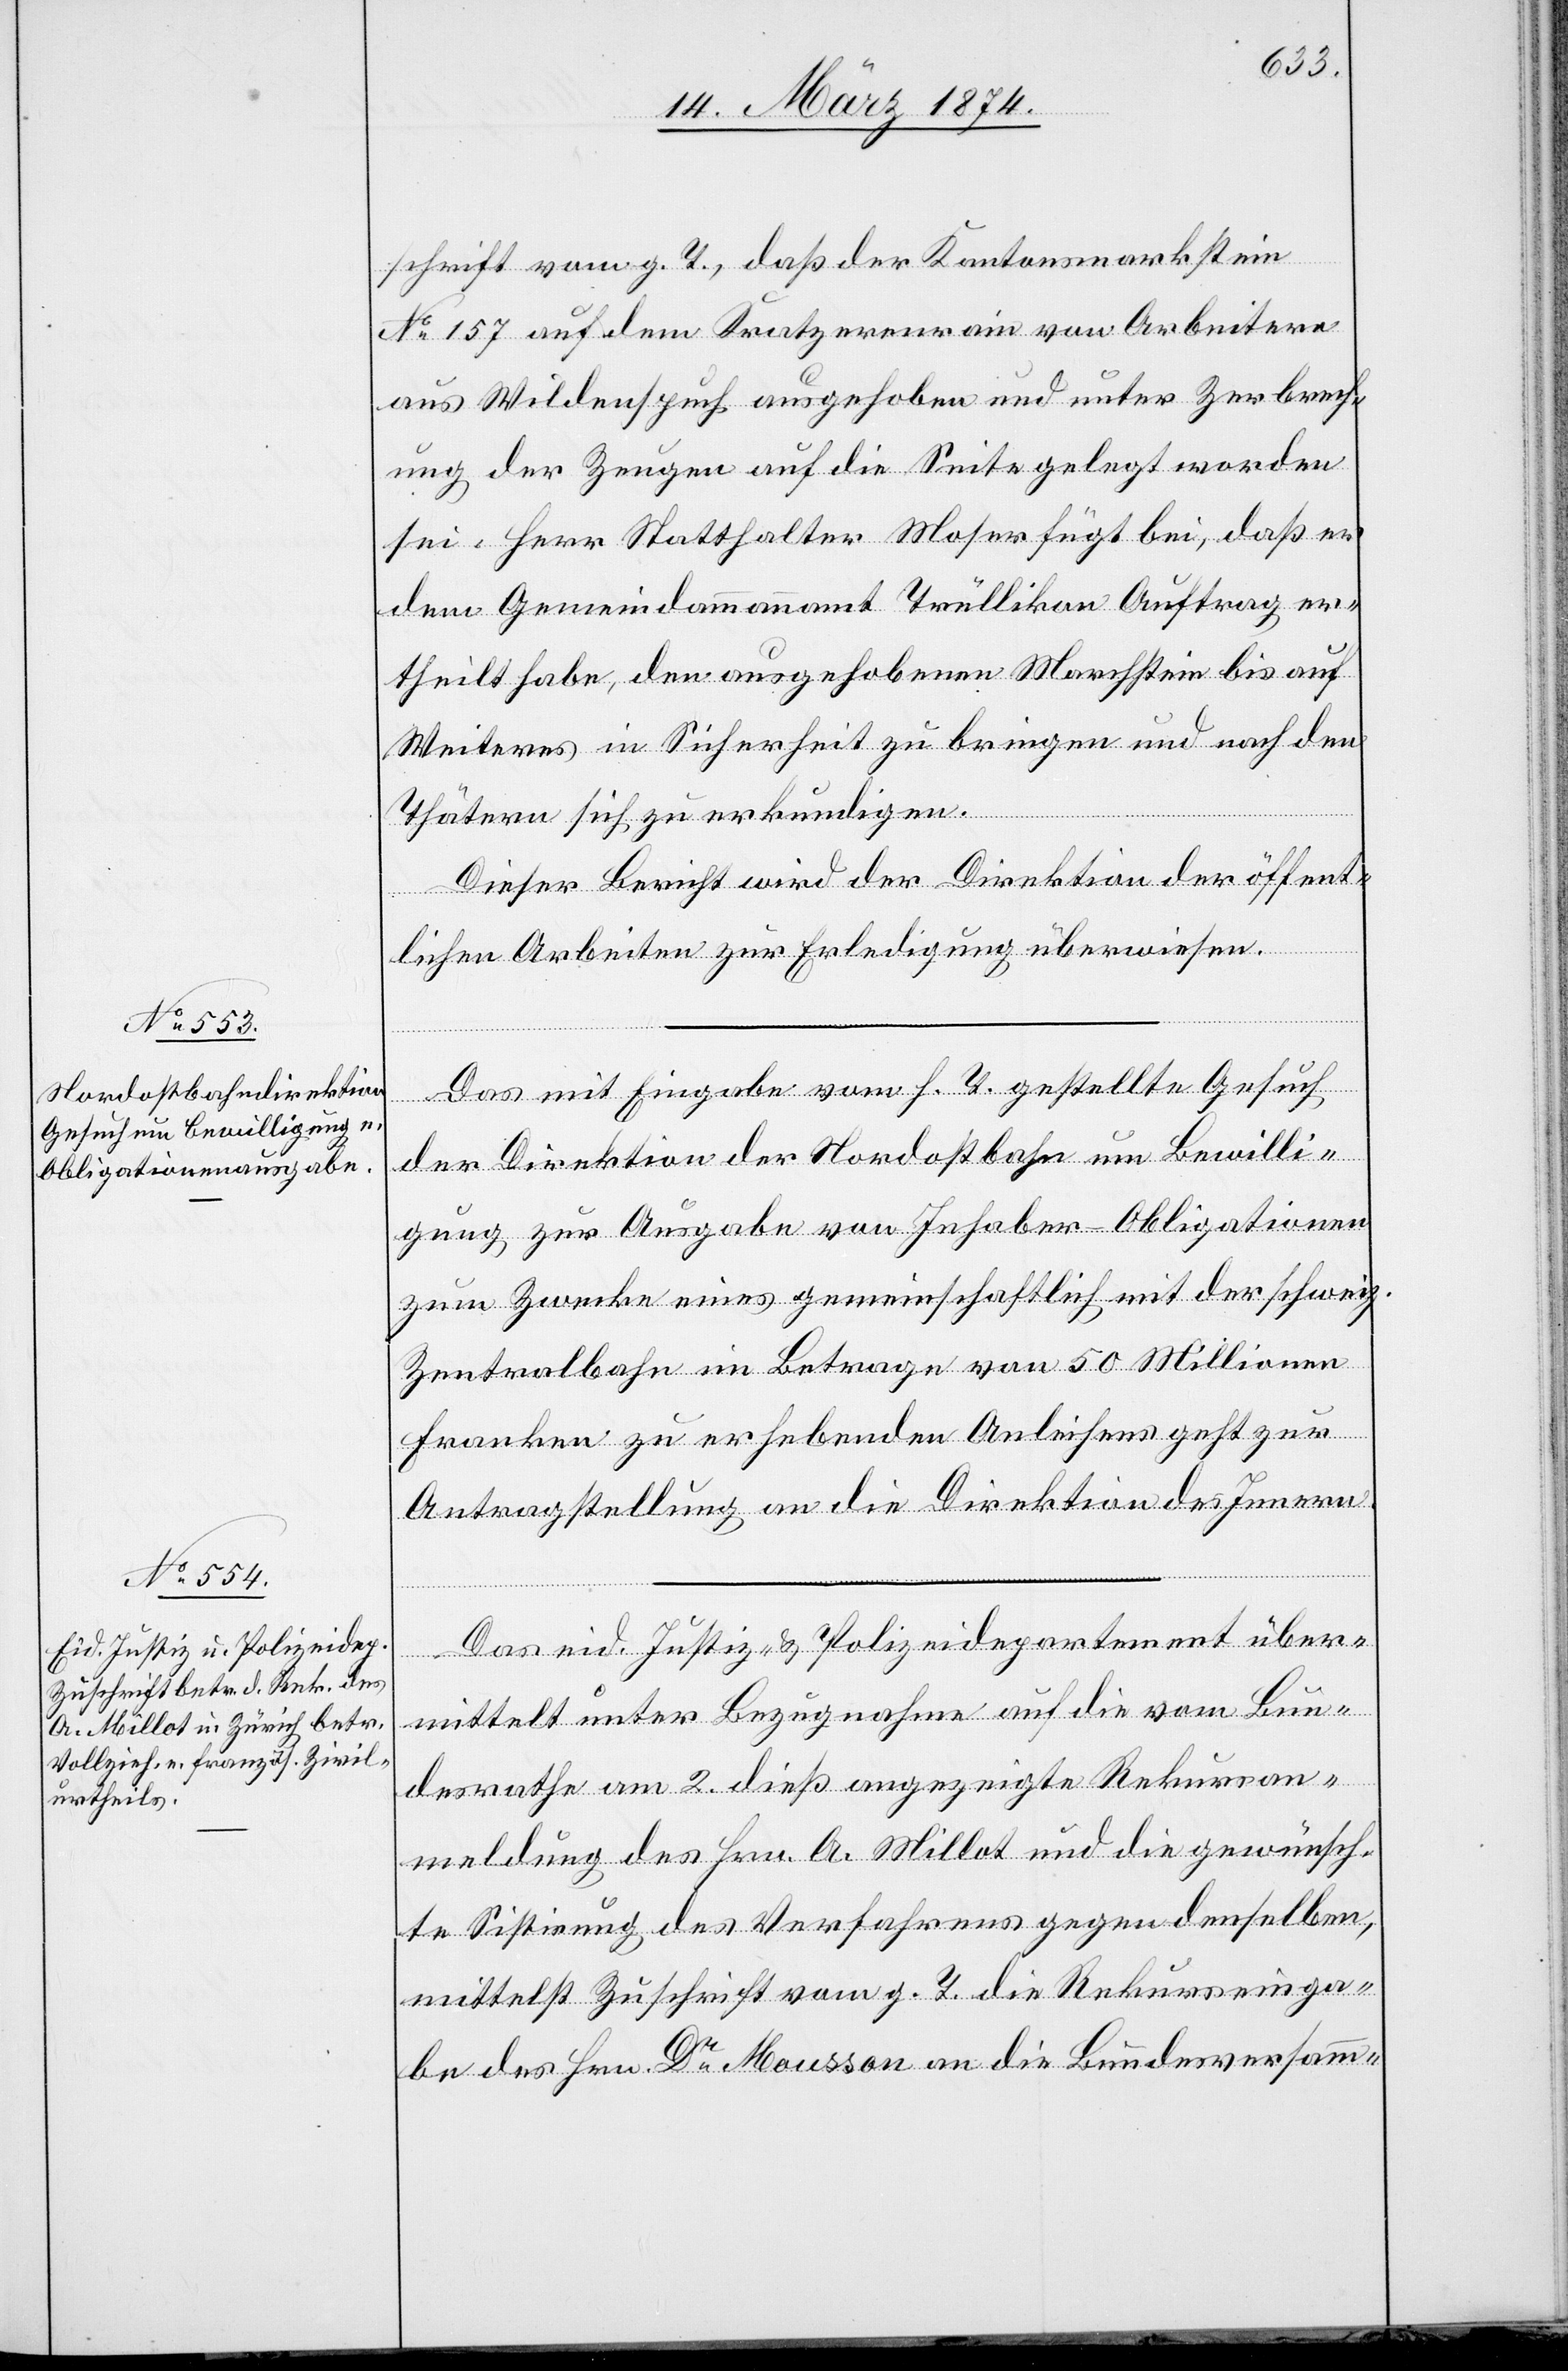
17. März 1874.]
schrift vom g. T., daß der Kantonsmarkstein
No 157 auf dem Kratzerenrain von Arbeitern
aus Wildenspuch ausgehoben und unter Zerbrech¬
ung der Zeugen auf die Seite gelegt worden
sei. Herr Statthalter Moser fügt bei, daß er
dem Gemeindammannamt Trüllikon Auftrag er¬
theilt habe, den ausgehobenen Marchstein bis auf
Weiteres in Sicherheit zu bringen und nach den
Thätern sich zu erkundigen.
Dieser Bericht wird der Direktion der öffent¬
lichen Arbeiten zur Erledigung überweisen.
Das mit Eingabe vom h. T. gestellte Gesuch
der Direktion der Nordostbahn um Bewilli¬
gung zur Ausgabe von Inhaber-Obligationen
zum Zwecke eines gemeinschaftlich mit der schweiz.
Zentralbahn im Betrage von 50 Millionen
Franken zu erhebenden Anleihens geht zur
Antragstellung an die Direktion des Innern.
Das eid. Justiz- u. Polizeidepartement über¬
mittelt unter Bezugnahme auf die vom Bun¬
desrathe am 2. dieß angezeigte Rekursan¬
meldung des Hrn. A. Millot und die gewünsch¬
te Sistirung des Verfahrens gegen denselben,
mittelst Zuschrift vom g. T. die Rekurseinga¬
be des Hrn. Dr Mousson an die Bundesversamm-